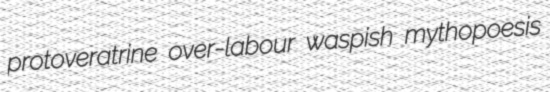
protoveratrine over-labour waspish mythopoesis